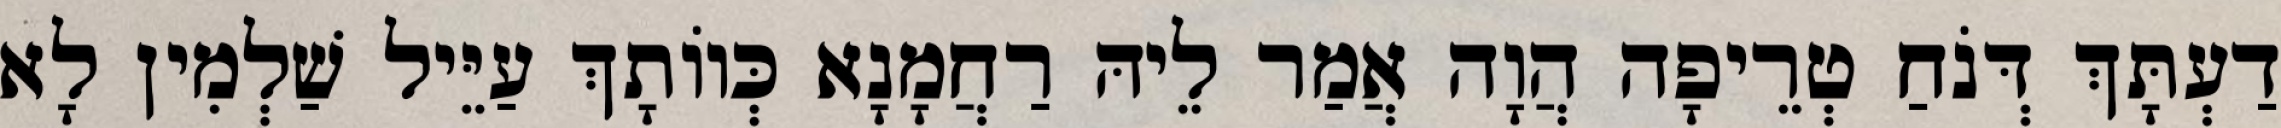
דַעְתָּךְ דְּנֹחַ טְרֵיפָה הֲוָה אֲמַר לֵיהּ רַחֲמָנָא כְּווֹתָךְ עַיֵּיל שַׁלְמִין לָא